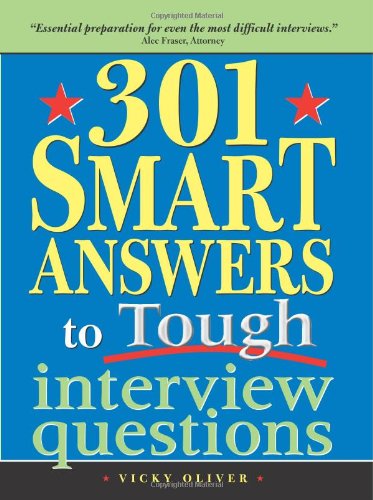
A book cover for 301 Smart Answers to Tough Interview Questions; Vicky Oliver; Business & Money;